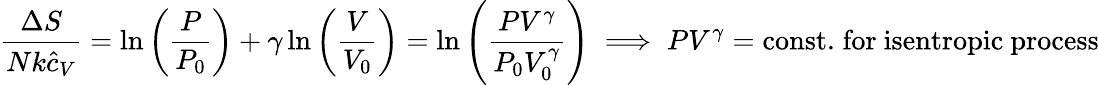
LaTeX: {\frac{\Delta S}{Nk{\hat{c}}_{V}}}=\ln\left({\frac{P}{P_{0}}}\right)+\gamma\ln\left({\frac{V}{V_{0}}}\right)=\ln\left({\frac{PV^{\gamma}}{P_{0}V_{0}^{\gamma}}}\right)\implies PV^{\gamma}=\mathrm{const.}\; {\mathrm{for~isentropic~process}}